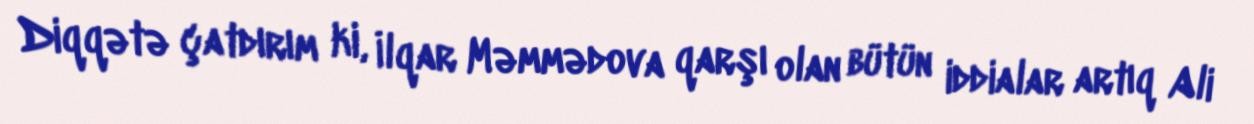
Diqqətə çatdırım ki, İlqar Məmmədova qarşı olan bütün iddialar artıq Ali